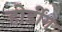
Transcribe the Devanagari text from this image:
होर्डींग